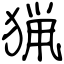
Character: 猟